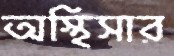
অস্থিসার